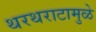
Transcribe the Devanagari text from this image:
थरथराटामुळे